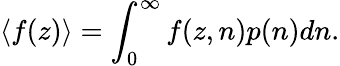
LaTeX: \langle f(z)\rangle=\int_{0}^{\infty}f(z,n)p(n)dn.